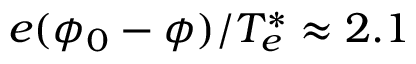
e ( \phi _ { 0 } - \phi ) / T _ { e } ^ { * } \approx 2 . 1